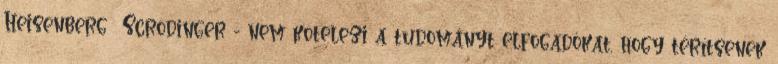
Heisenberg Scrödinger - nem kötelezi a tudományt elfogadókat, hogy térítsenek